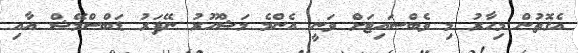
އެގޮތުން މިހާރު މި ވެބްސައިޓަށް ވަނީ އެންމެ މަޝްހޫރު ނޭފަރު ޑަބްސްމޭޝް އާއި